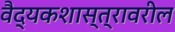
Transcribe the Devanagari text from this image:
वैद्यकशास्त्रावरील